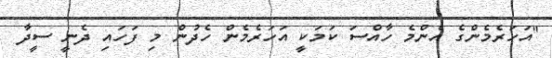
"އަހަރެމެންގެ އެންމެ ހާއްސަ ކަމަކީ އަހަރެމެން ހެދުން މި ފަހައި ދެނީ ސީދާ